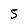
Character: S